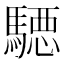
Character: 𱄪